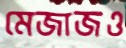
মেজাজও